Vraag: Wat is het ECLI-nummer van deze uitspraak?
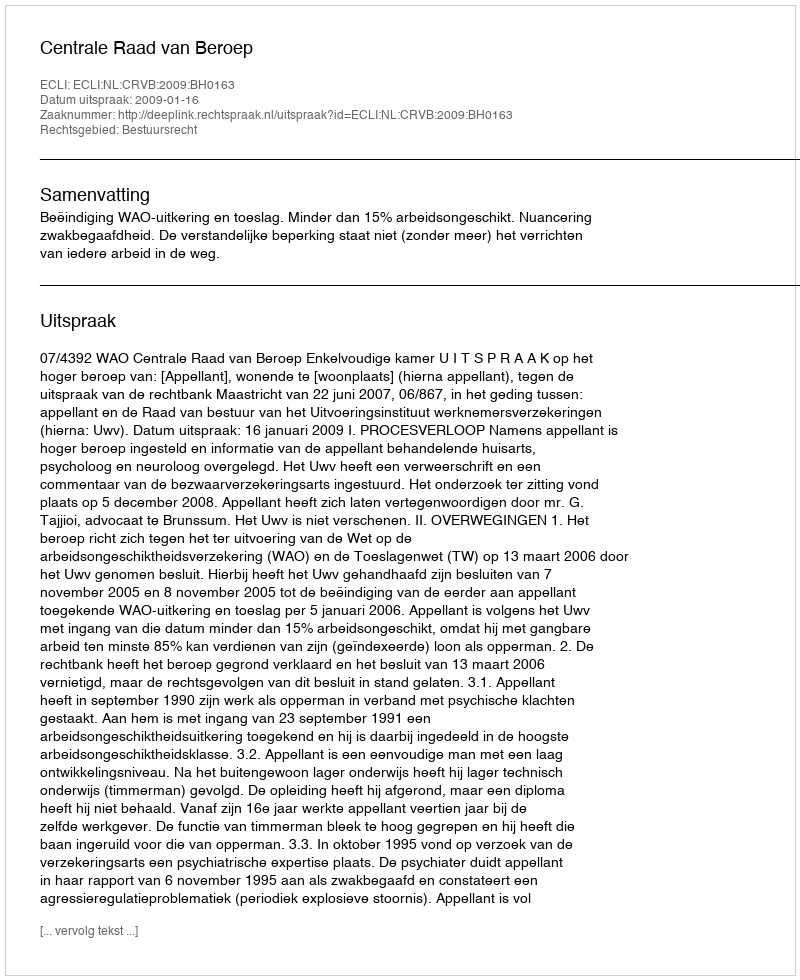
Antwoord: ECLI:NL:CRVB:2009:BH0163